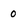
Character: 0